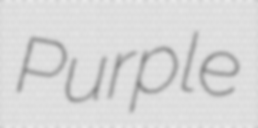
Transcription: Purple